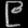
Digit: ၉